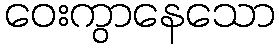
ဝေးကွာနေသော